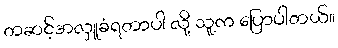
တဆင့်အလှူခံရတာပါ လို့ သူက ပြောပါတယ်။